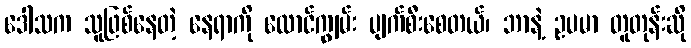
ဒေါသက သူဖြစ်နေတဲ့ နေရာကို လောင်ကျွမ်း ပျက်စီးစေတယ်၊ ဘာနဲ့ ဥပမာ တူတုန်းဆို